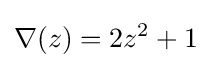
\nabla (z)=2z^{2}+1